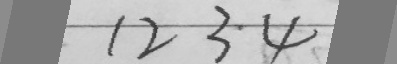
1 2 3 . 4